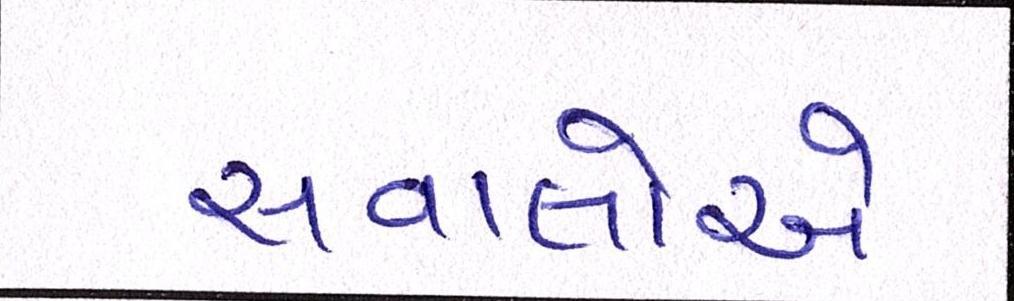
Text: સવાલોએ